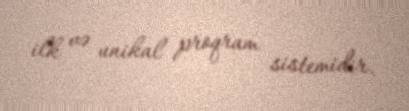
ilk və unikal proqram sistemidir.